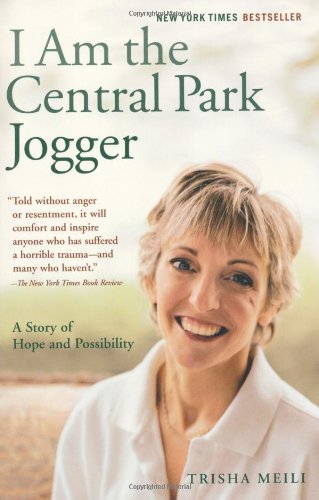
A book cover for I Am the Central Park Jogger: A Story of Hope and Possibility; Trisha Meili; Biographies & Memoirs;